Annual administration report of the Civil Veterinary Department of India - 1897-1898
Year: 1897
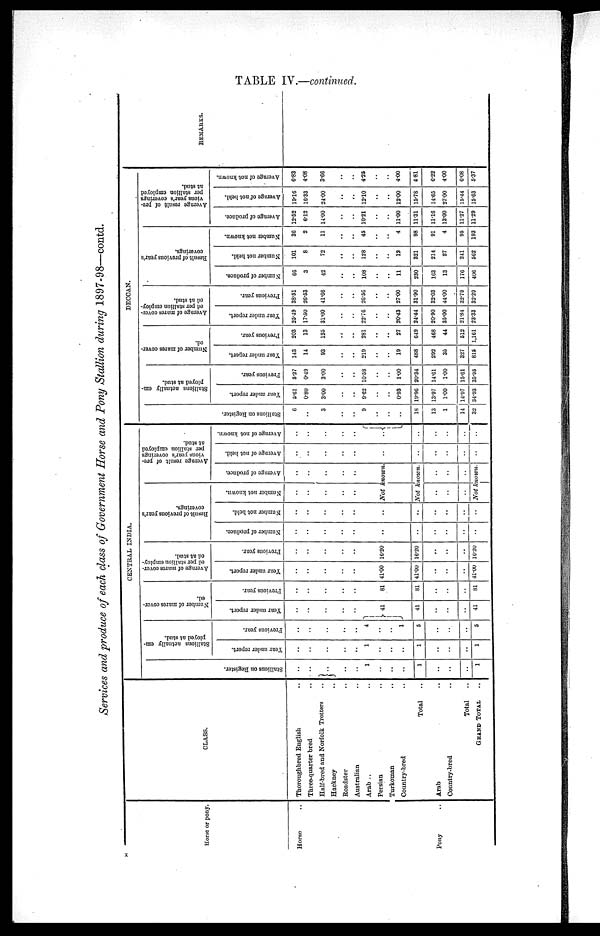
TABLE IV.—continued.
Services and produce of each class of Government Horse and Pony Stallion during 1897-98—contd.
Horse or pony.
Horse ..
Pony ..
CLASS.
Thoroughbred English ..
Three-quarter bred ..
Half-bred and Norfolk Trotters ..
Hackney ..
Roadster ..
Australian ..
Arab ..
Persian ..
Turkoman ..
Country-bred ..
Total ..
Arab ..
Country-bred ..
Total ..
GRAND TOTAL
CENTRAL INDIA
Stallions on Register.
..
..
..
..
..
..
1
..
..
..
1
..
..
..
1
Stallions actually em-
ployed at stud.
Year
under report.
..
..
..
..
..
..
1
..
..
..
1
..
..
..
1
Previous year.
..
..
..
..
..
..
4
..
..
1
5
..
..
..
5
Number
of mares cover-
ed.
Year under report.
..
..
..
..
..
..
41
41
..
..
..
41
Previous year.
..
..
..
..
..
..
81
81
..
..
..
81
Average
of mares cover-
ed per stallion employ-
ed at stud.
Year under report.
..
..
..
..
..
..
41.00
41.00
..
..
..
41.00
Previous year.
..
..
..
..
..
..
16.20
16.20
..
..
..
16.20
Result of previous year's
coverings.
Number of produce.
..
..
..
..
..
..
..
..
..
..
..
..
Number not held.
..
..
..
..
..
..
..
..
..
..
..
..
Number not known.
..
..
..
..
..
..
Average result of pre-
vious year's coverings
per stallion employed
at stud.
Average of produce.
..
..
..
..
..
..
Not known.
Not known
..
..
..
..
..
..
Not known
Average of not held.
..
..
..
..
..
..
..
..
..
..
..
..
Average of not known.
..
..
..
..
..
..
..
..
..
..
..
..
DECCAN.
Stallions on Register.
6
..
3
..
..
..
9
..
..
..
18
13
1
14
32
Stallions actually em-
ployed at stud.
Year under report.
5.61
0.80
3.00
..
..
..
9.62
..
..
0.93
19.96
13.97
1.00
14.97
34.93
Previous year.
5.27
0.49
3.00
..
..
..
10.58
..
..
1.00
20.34
14.61
1.00
15.61
35.95
Number of mares cover-
ed.
Year under report.
143
14
93
..
..
..
219
..
..
19
488
292
35
327
815
Previous year.
203
13
135
..
..
..
281
..
..
27
649
468
44
512
1,161
Average
of mares cover-
ed per stallion employ-
ed at stud.
Year under report.
25.49
17.50
31.00
..
..
..
22.76
..
..
20.43
24.44
20.90
35.00
21.84
23.33
Previous year.
3S.51
2G.53
41.66
..
..
..
26.56
..
..
27.00
31.90
32.03
44.00
32.79
32.29
Result of previous year's
coverings.
Number of produce.
66
3
42
..
..
..
108
..
..
11
230
163
13
176
406
Number not held.
101
8
72
..
..
..
128
..
..
12
321
214
27
241
562
Number not known.
36
2
11
..
..
..
45
..
..
4
98
91
4
95
193
Average
result of pre-
vious year's coverings
per stallion employed
at stud.
Average of produce.
12.52
6.12
14.00
..
..
..
10.21
..
..
11.00
11.31
11.16
13.00
11.27
11.29
Average of not held.
19.16
16.33
24.00
..
..
..
12.10
..
..
12.00
15.78
14.65
27.00
15.44
15.63
Average
of not known.
6.83
4.08
3.66
..
..
..
4.25
..
..
4.00
4.81
6.22
4.00
6.08
5.37
REMARKS.
x